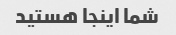
شما اینجا هستید